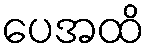
ပေအထိ